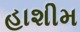
હાશીમ